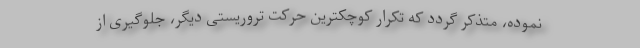
نموده، متذکر گردد که تکرار کوچکترین حرکت تروریستی دیگر، جلوگیری از